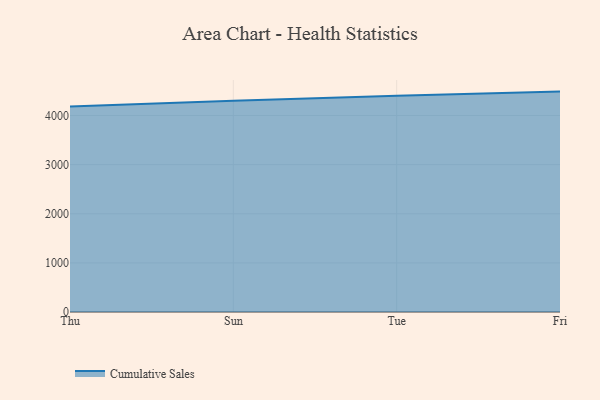
{"axis": {"x": "Day", "y": "Satisfaction Score"}, "legend": ["Cumulative Sales"], "data": [{"x": "Thu", "y": 4184.0, "type": "Cumulative Sales"}, {"x": "Sun", "y": 4302.9, "type": "Cumulative Sales"}, {"x": "Tue", "y": 4400.4, "type": "Cumulative Sales"}, {"x": "Fri", "y": 4487.4, "type": "Cumulative Sales"}]}